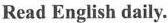
Read English daily.